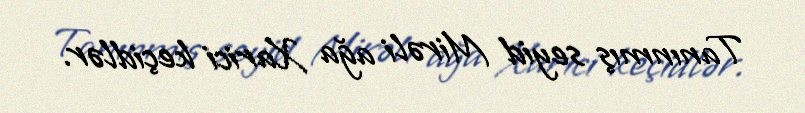
Tanınmış seyid Mirəli ağa Xarici keçidlər.